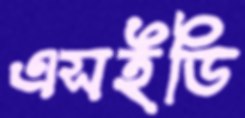
এসইডি